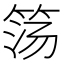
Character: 𰩹